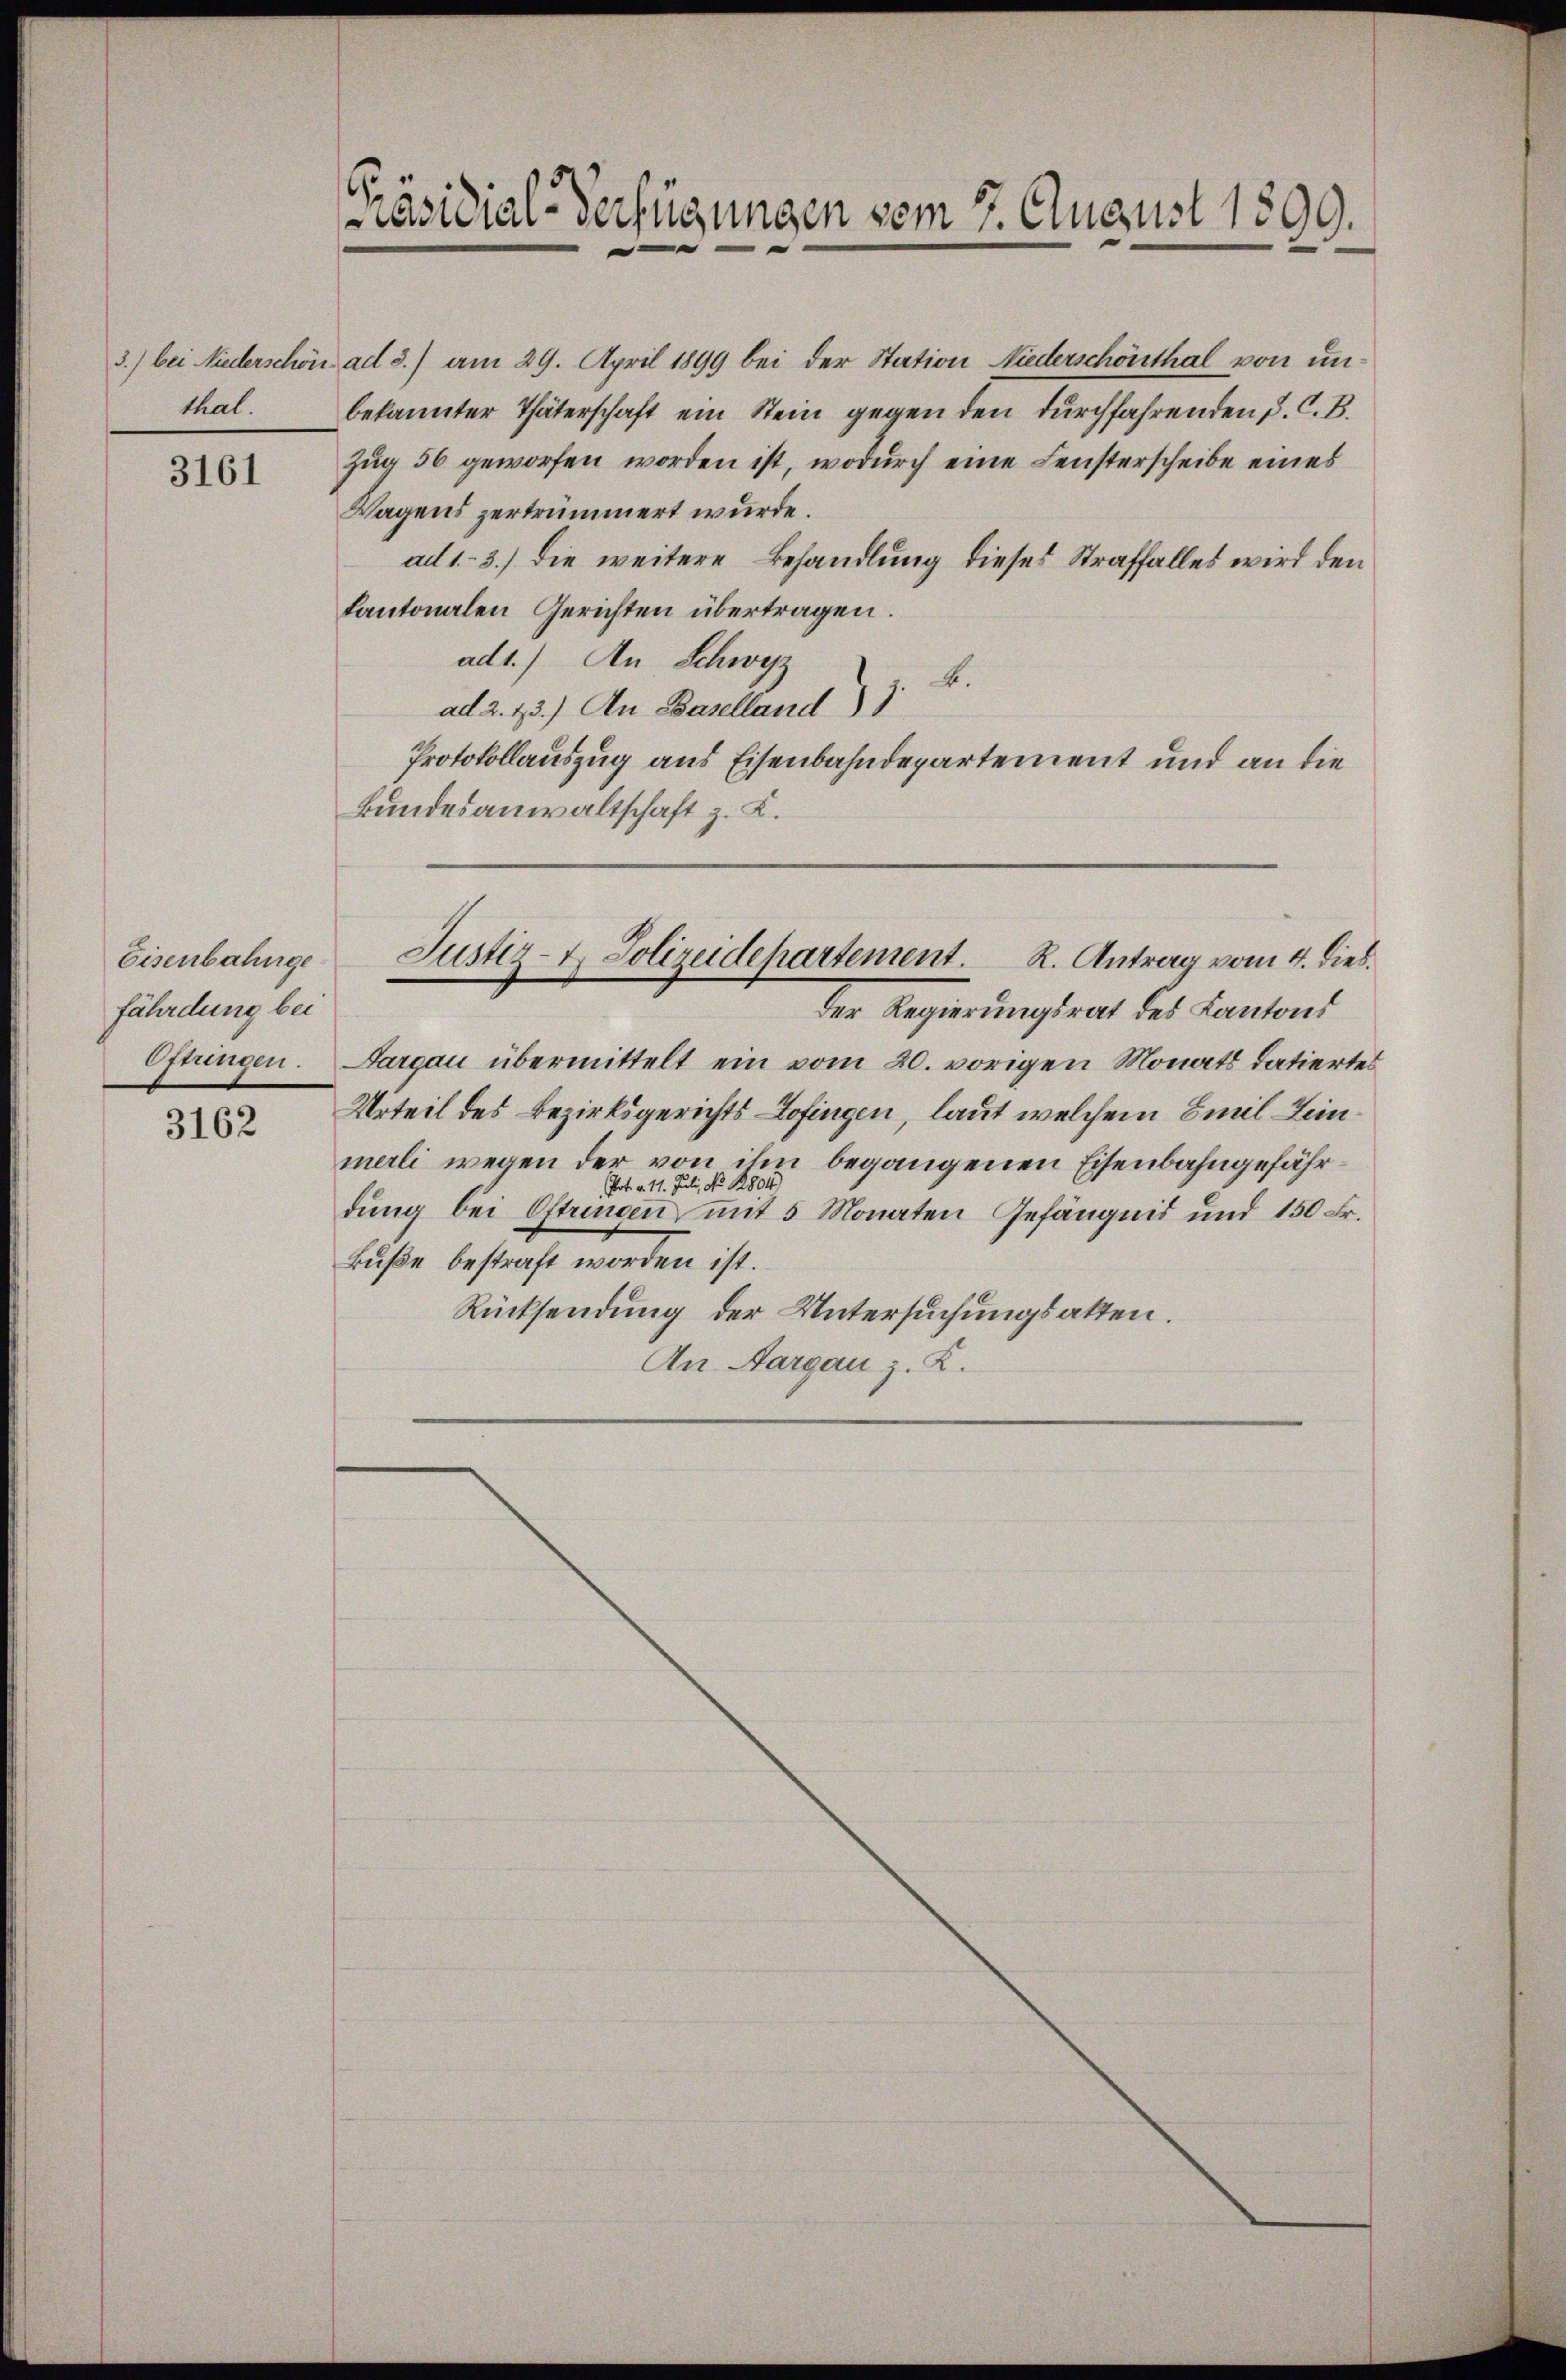
thal.

3161

Eisenbahnge
fährdung bei
Oftringen.

3162

Präsidial-Verfügungen vom 7. August 1899.

3.) bei Niederschön ad 3.) am 29. April 1899 bei der Station Niederschönthal von unbekannter Thäterschaft ein Stein gegen den durchfahrenden J. C. B.
Zug 56 geworfen worden ist, wodurch eine Fensterscheibe eines
Wagens zertrümmert wurde.
ad 1.- 3.) Die weitere Behandlung dieses Straffalles wird den
kantonalen Gerichten übertragen.
ad1.) An Schwyz
ad 2. 73.) An Baselland) z. B.
Protokollauszug aus Eisenbahndepartement und an die
Bundesanwaltschaft z. K.

Sargau übermittelt ein vom 20. vorigen Monats datiertes
Urteil des Bezirksgerichts Zofingen, laut welchem Emil Lein
merli wegen der von ihn begangenen Eisenbahngefähr¬
Pot. v. 11. Juli, No. 1804)
dung bei Oftungen mit 5 Monaten Gefängnis und 150 Fr.
Buße bestraft worden ist.
Rücksendung der Untersuchungsakten.
An Aargau z. K.

Justiz- & Polizeidepartement. R. Antrag vom 4. Diebder Regierungsrat des Kantons